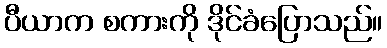
ပီယာက စကားကို ဒိုင်ခံပြောသည်။